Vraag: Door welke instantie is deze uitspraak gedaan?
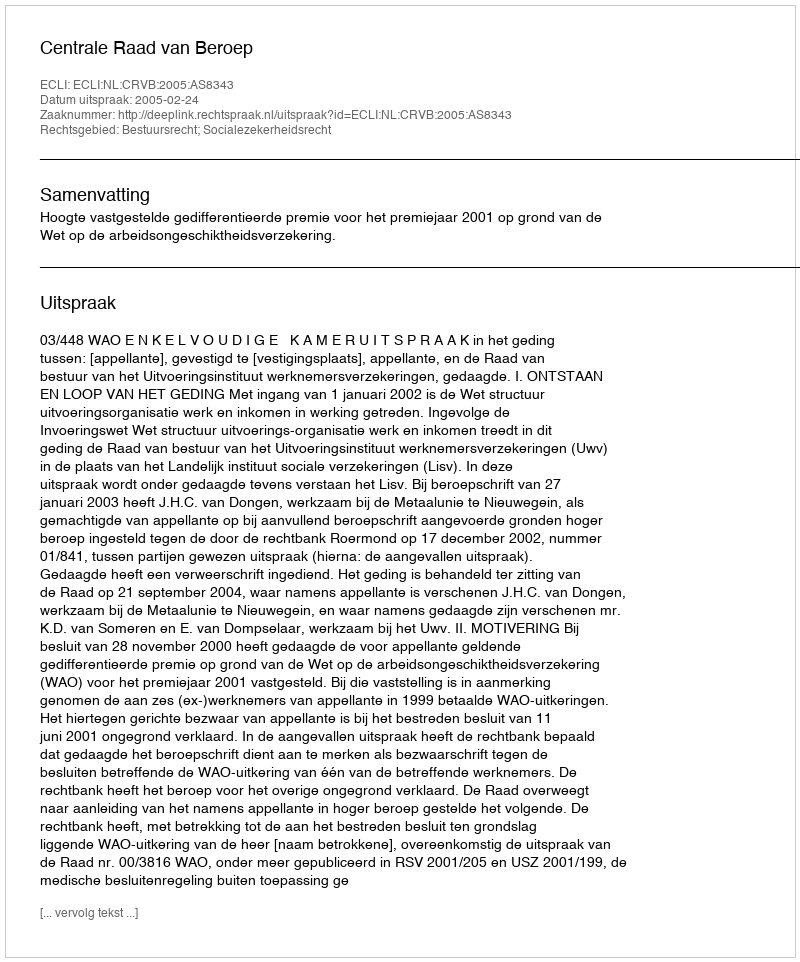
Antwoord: Centrale Raad van Beroep